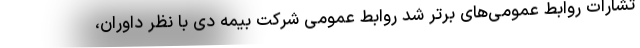
تشارات روابط عمومی‌های برتر شد روابط عمومی شرکت بیمه دی با نظر داوران،